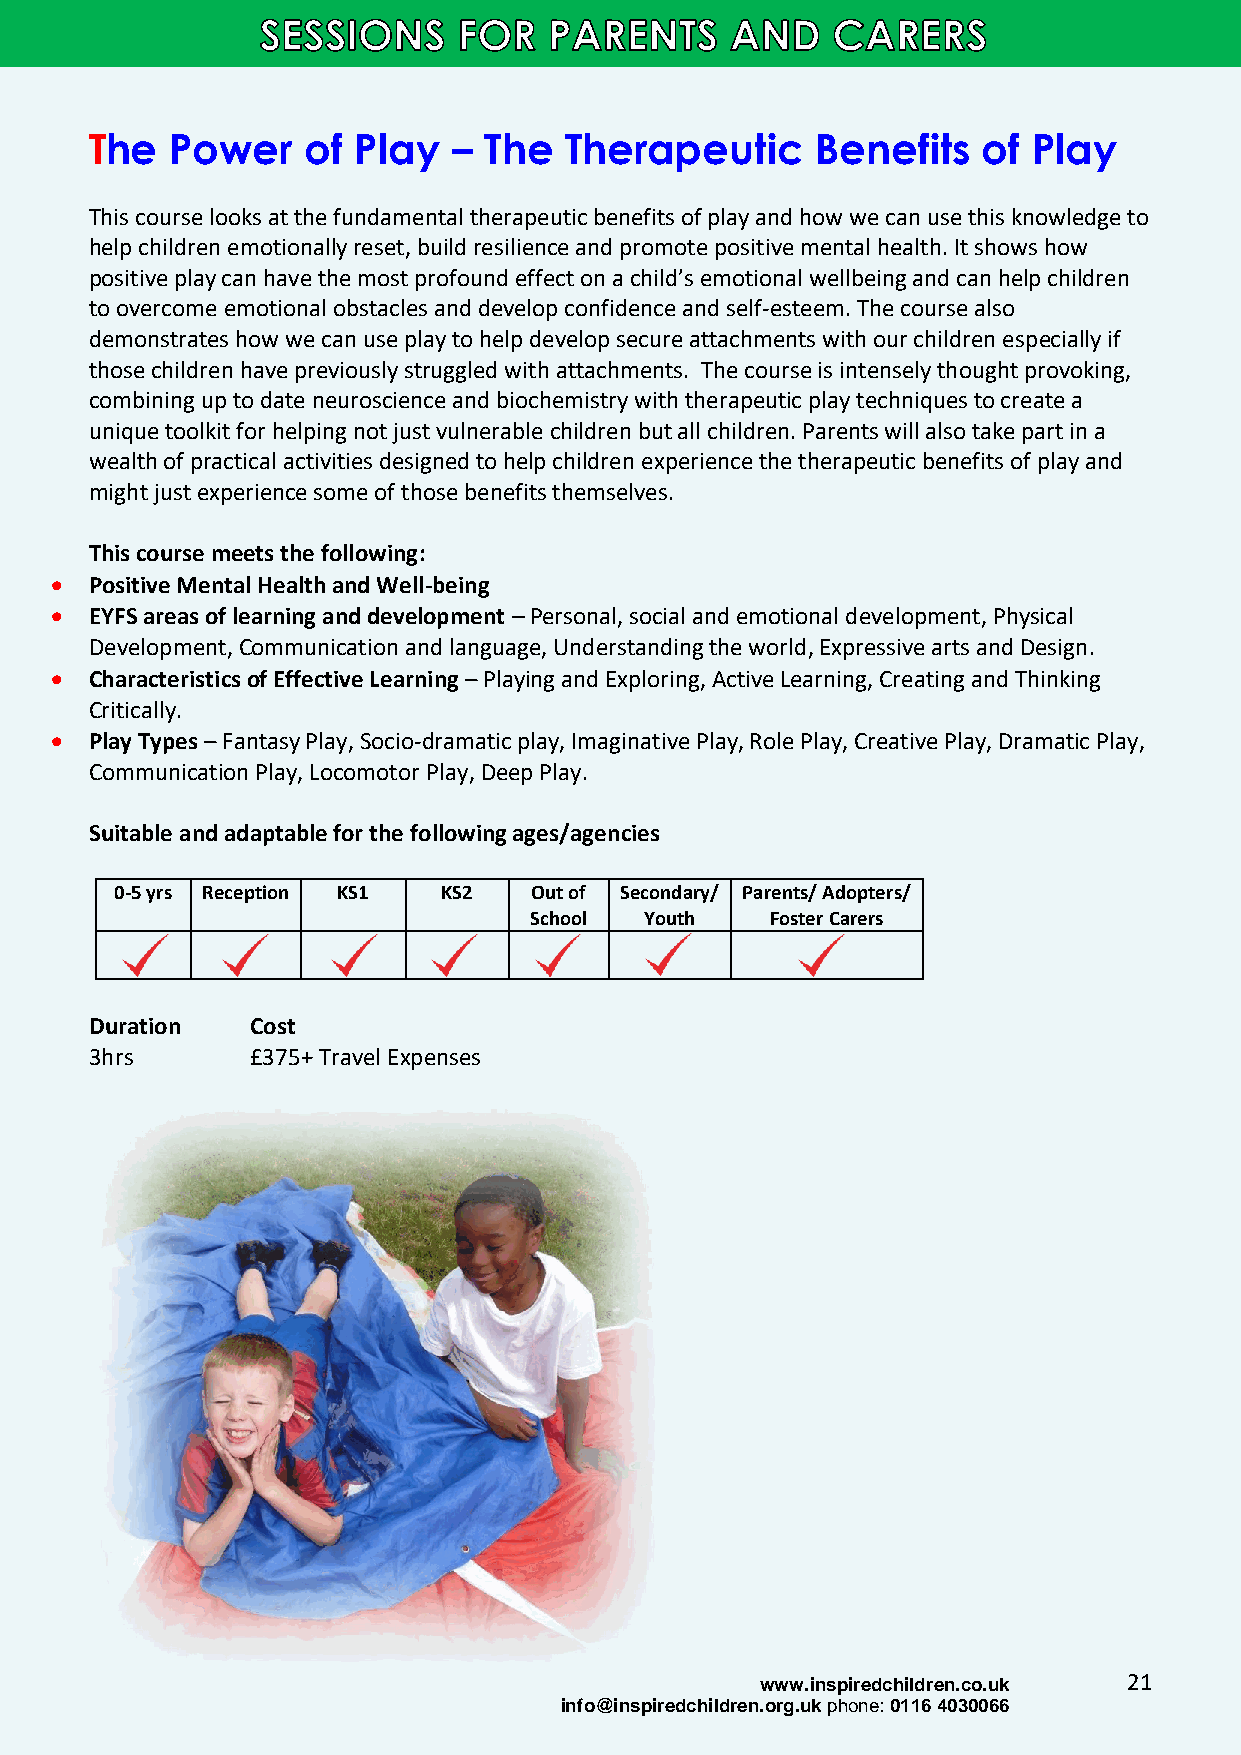
The  Power    of Play   – The  Therapeutic      Benefits   of Play
 This course looks at the fundamental therapeutic benefits of play and how we can use this knowledge to
 help children emotionally reset, build resilience and promote positive mental health. It shows how
 positive play can have the most profound effect on a child’s emotional wellbeing and can help children
 to overcome emotional obstacles and develop confidence and self-esteem. The course also
 demonstrates how we can use play to help develop secure attachments with our children especially if
 those children have previously struggled with attachments. The course is intensely thought provoking,
 combining up to date neuroscience and biochemistry with therapeutic play techniques to create a
 unique toolkit for helping not just vulnerable children but all children. Parents will also take part in a
 wealth of practical activities designed to help children experience the therapeutic benefits of play and
 might just experience some of those benefits themselves.
 This course meets the following:
 •  Positive Mental Health and Well-being
 •  EYFS areas of learning and development – Personal, social and emotional development, Physical
 Development, Communication and language, Understanding the world, Expressive arts and Design.
 •  Characteristics of Effective Learning – Playing and Exploring, Active Learning, Creating and Thinking
 Critically.
 •  Play Types – Fantasy Play, Socio-dramatic play, Imaginative Play, Role Play, Creative Play, Dramatic Play,
 Communication Play, Locomotor Play, Deep Play.
 Suitable and adaptable for the following ages/agencies
 0-5 yrs Reception KS1 KS2  Out of Secondary/ Parents/ Adopters/
 School  Youth   Foster Carers
 Duration   Cost
 3hrs       £375+ Travel Expenses
 www.inspiredchildren.co.uk 21
 info@inspiredchildren.org.uk phone: 0116 4030066